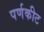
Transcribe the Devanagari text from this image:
पर्णकीट